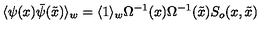
\langle \psi ( x ) \bar { \psi } ( \tilde { x } ) \rangle _ { w } = \langle 1 \rangle _ { w } \Omega ^ { - 1 } ( x ) \Omega ^ { - 1 } ( \tilde { x } ) S _ { o } ( x , \tilde { x } )